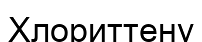
Хлориттену